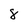
Character: 8